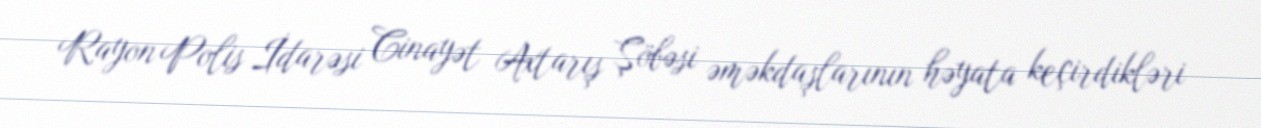
Rayon Polis İdarəsi Cinayət Axtarış Şöbəsi əməkdaşlarının həyata keçirdikləri